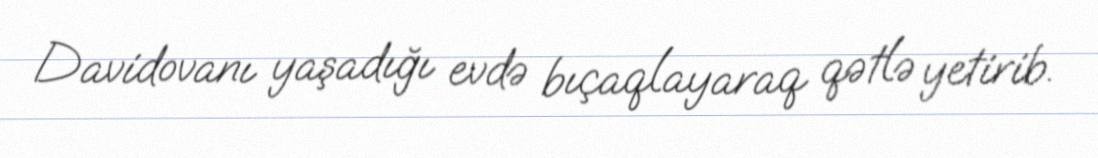
Davidovanı yaşadığı evdə bıçaqlayaraq qətlə yetirib.